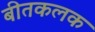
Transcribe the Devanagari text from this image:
बीतकलक